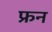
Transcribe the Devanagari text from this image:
फ्रन